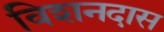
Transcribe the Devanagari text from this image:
विशनदास